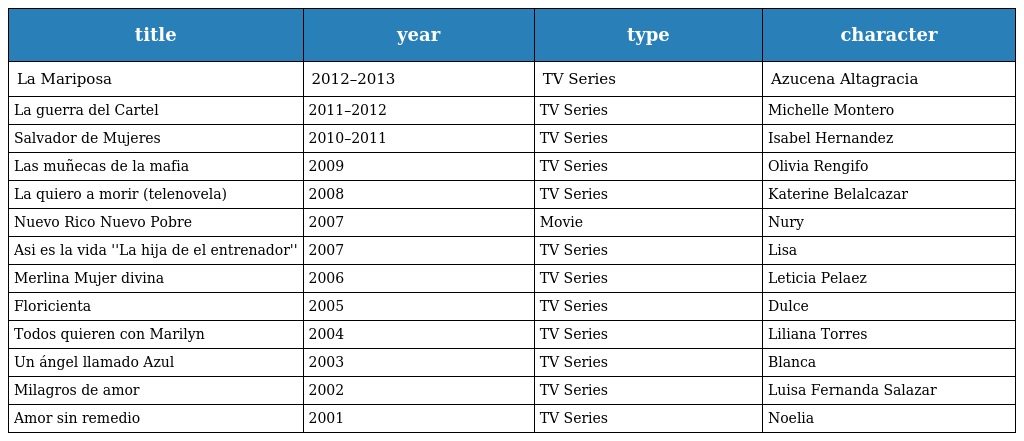
| title | year | type | character |
 | --- | --- | --- | --- |
 | La Mariposa | 2012–2013 | TV Series | Azucena Altagracia |
 | La guerra del Cartel | 2011–2012 | TV Series | Michelle Montero |
 | Salvador de Mujeres | 2010–2011 | TV Series | Isabel Hernandez |
 | Las muñecas de la mafia | 2009 | TV Series | Olivia Rengifo |
 | La quiero a morir (telenovela) | 2008 | TV Series | Katerine Belalcazar |
 | Nuevo Rico Nuevo Pobre | 2007 | Movie | Nury |
 | Asi es la vida ''La hija de el entrenador'' | 2007 | TV Series | Lisa |
 | Merlina Mujer divina | 2006 | TV Series | Leticia Pelaez |
 | Floricienta | 2005 | TV Series | Dulce |
 | Todos quieren con Marilyn | 2004 | TV Series | Liliana Torres |
 | Un ángel llamado Azul | 2003 | TV Series | Blanca |
 | Milagros de amor | 2002 | TV Series | Luisa Fernanda Salazar |
 | Amor sin remedio | 2001 | TV Series | Noelia |